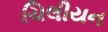
ચિલીયન